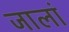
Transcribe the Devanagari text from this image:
जालां